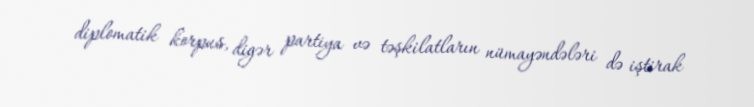
diplomatik korpus, digər partiya və təşkilatların nümayəndələri də iştirak